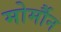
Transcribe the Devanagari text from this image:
मोर्मौन